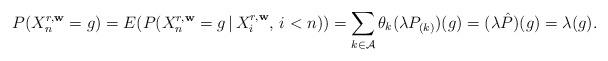
LaTeX: \begin{align*}P( X^{r, \mathbf{w}}_n =g ) = E (P( X^{r, \mathbf{w}}_n =g \, |\,X^{r, \mathbf{w}}_i, \, i<n )) = \sum_{k \in \mathcal{A}} \theta_k(\lambda P_{(k)}) (g)= (\lambda \hat P) (g) = \lambda (g) .\end{align*}